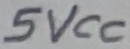
Text: 5VCC